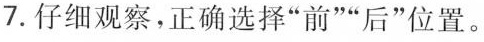
7.仔细观察，正确选择”前””后”位置。